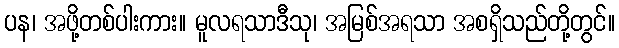
ပန၊ အဖို့တစ်ပါးကား။ မူလရသာဒီသု၊ အမြစ်အရသာ အစရှိသည်တို့တွင်။